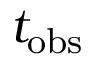
t _ { \mathrm { o b s } }